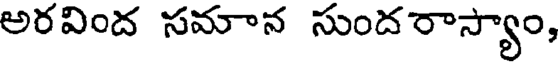
అరవింద సమాన సుందరాస్యాం,